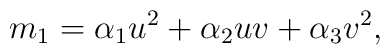
m_1 = \alpha_1 u^2 +\alpha_2 uv +\alpha_3 v^2 ,